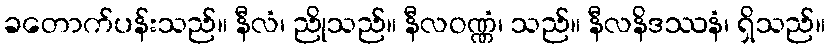
ခတောက်ပန်းသည်။ နီလံ၊ ညိုသည်။ နီလဝဏ္ဏံ၊ သည်။ နီလနိဒဿနံ၊ ရှိသည်။